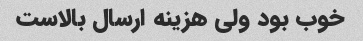
خوب بود ولی هزینه ارسال بالاست